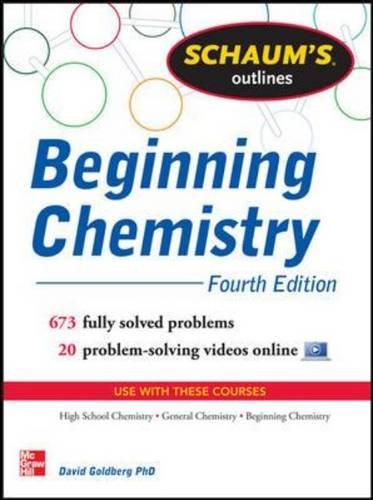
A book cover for Schaum's Outline of Beginning Chemistry: 673 Solved Problems + 16 Videos (Schaum's Outlines); David Goldberg; Science & Math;